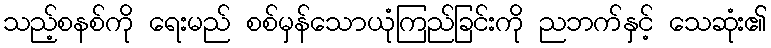
သည့်စနစ်ကို ရေးမည် စစ်မှန်သောယုံကြည်ခြင်းကို ညဘက်နှင့် သေဆုံး၏